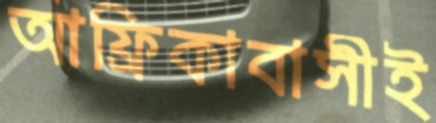
আফ্রিকাবাসীই